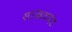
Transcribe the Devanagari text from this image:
साखळदंड